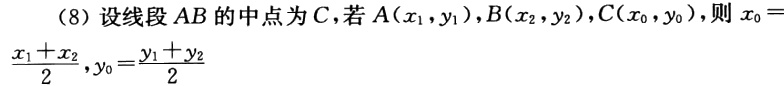
(8) 设线段 \(AB\) 的中点为 \(C\)，若 \(A(x_1,y_1)\)，\(B(x_2,y_2)\)，\(C(x_0,y_0)\)，则 \(x_0 = \frac{x_1 + x_2}{2},y_0=\frac{y_1 + y_2}{2}\)